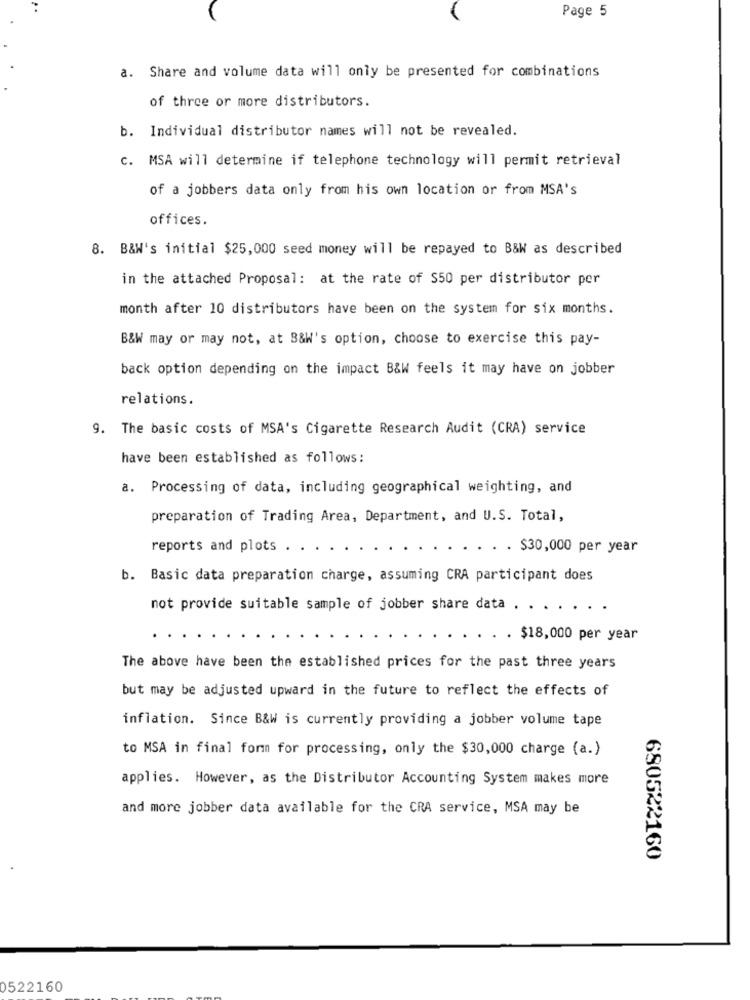
Page 5
a. Share and volume data will only be presented for combinations
of three or more distributors.
b. Individual distributor names will not be revealed.
C. MSA will determine if telephone technology will permit retrieval
of a jobbers data only from his own location or from MSA's
offices.
8. B&N's initial $25,000 seed money will be repayed to B&W as described
in the attached Proposal: at the rate of S50 per distributor per
month after 10 distributors have been on the system for six months.
B&W may or may not, at B&W's option, choose to exercise this pay-
back option depending on the impact B&W feels it may have on jobber
relations.
9. The basic costs of MSA's Cigarette Research Audit (CRA) service
have been established as follows:
a. Processing of data, including geographical weighting, and
preparation of Trading Area, Department, and U.S. Total,
reports and plots .
. . $30,000 per year
b. Basic data preparation charge, assuming CRA participant does
not provide suitable sample of jobber share data . .
. . $18,000 per year
The above have been the established prices for the past three years
but may be adjusted upward in the future to reflect the effects of
inflation. Since B&W is currently providing a jobber volume tape
to MSA in final form for processing, only the $30,000 charge (a.)
applies. However, as the Distributor Accounting System makes more
and more jobber data available for the CRA service, MSA may be
680522160
0522160